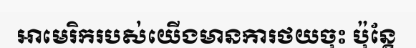
អាមេរិករបស់យើងមានការថយចុះ ប៉ុន្តែ